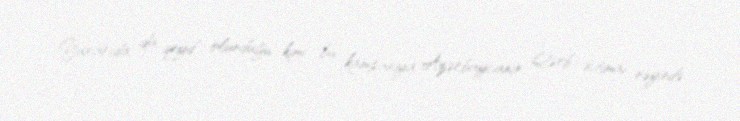
Yuxarıda da qeyd olunduğu kimi, bu kampaniya Azərbaycanın Qərb ictimai rəyində